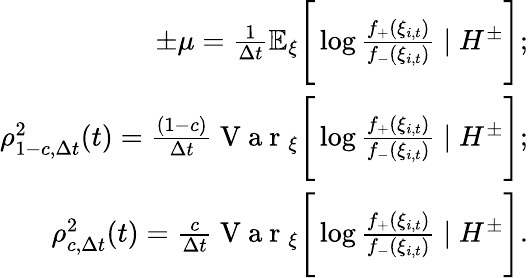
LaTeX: \begin{array}{r}{\pm\mu=\frac{1}{\Delta t}\mathbb{E}_{\xi}\Bigg[\log{\frac{f_{+}(\xi_{i,t})}{f_{-}(\xi_{i,t})}}\mid H^{\pm}\Bigg];}\\ {\rho_{1-c,\Delta t}^{2}(t)=\frac{(1-c)}{\Delta t}\mathrm{~V~a~r~}_{\xi}\Bigg[\log{\frac{f_{+}(\xi_{i,t})}{f_{-}(\xi_{i,t})}}\mid H^{\pm}\Bigg];}\\ {\rho_{c,\Delta t}^{2}(t)=\frac{c}{\Delta t}\mathrm{~V~a~r~}_{\xi}\Bigg[\log{\frac{f_{+}(\xi_{i,t})}{f_{-}(\xi_{i,t})}}\mid H^{\pm}\Bigg].}\end{array}